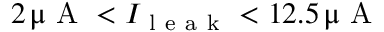
2 \, \upmu \mathrm { ~ A ~ } < I _ { \mathrm { ~ l ~ e ~ a ~ k ~ } } < 1 2 . 5 \, \upmu \mathrm { ~ A ~ }